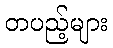
တပည့်များ